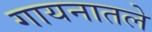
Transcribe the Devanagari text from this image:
गायनातले